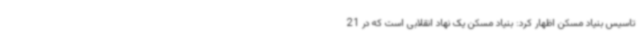
تاسیس بنیاد مسکن اظهار کرد: بنیاد مسکن یک نهاد انقلابی است که در 21